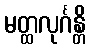
မတ္ထလုင်္ဂန္တိ